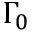
\Gamma _ { 0 }